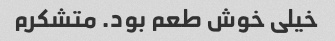
خیلی خوش طعم بود. متشکرم